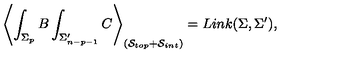
\left\langle \int _ { \Sigma _ { p } } B \int _ { \Sigma _ { n - p - 1 } ^ { \prime } } C \right\rangle _ { \left( \mathcal { S } _ { t o p } + \mathcal { S } _ { i n t } \right) } = L i n k ( \Sigma , \Sigma ^ { \prime } ) ,